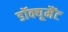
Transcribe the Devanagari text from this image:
डॉक्यूमैंट